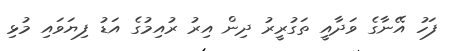
ފަހު އޭނާގެ ވަދާއީ ތަގުރީރު ދިން އިރު ރުއިމުގެ އަޑު ފިޔަވައި މުޅި